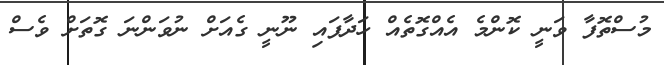
މުސްތޮފާ ވަނީ ކޮންމެ އެއްގޮތެއް ހަދާފައި ނޫނީ ގެއަށް ނުވަންނަ ގޮތަށް ވެސް